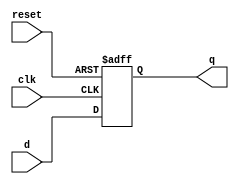
module D_FF (q, d, reset, clk);
	output q;
	input d, reset, clk;
	reg q; // Indicate that q is stateholding
	always @(posedge clk or posedge reset)
	if (reset)
	q = 0; // On reset, set to 0
	else
	q = d;
endmodule